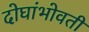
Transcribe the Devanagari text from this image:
दोघांभोवती